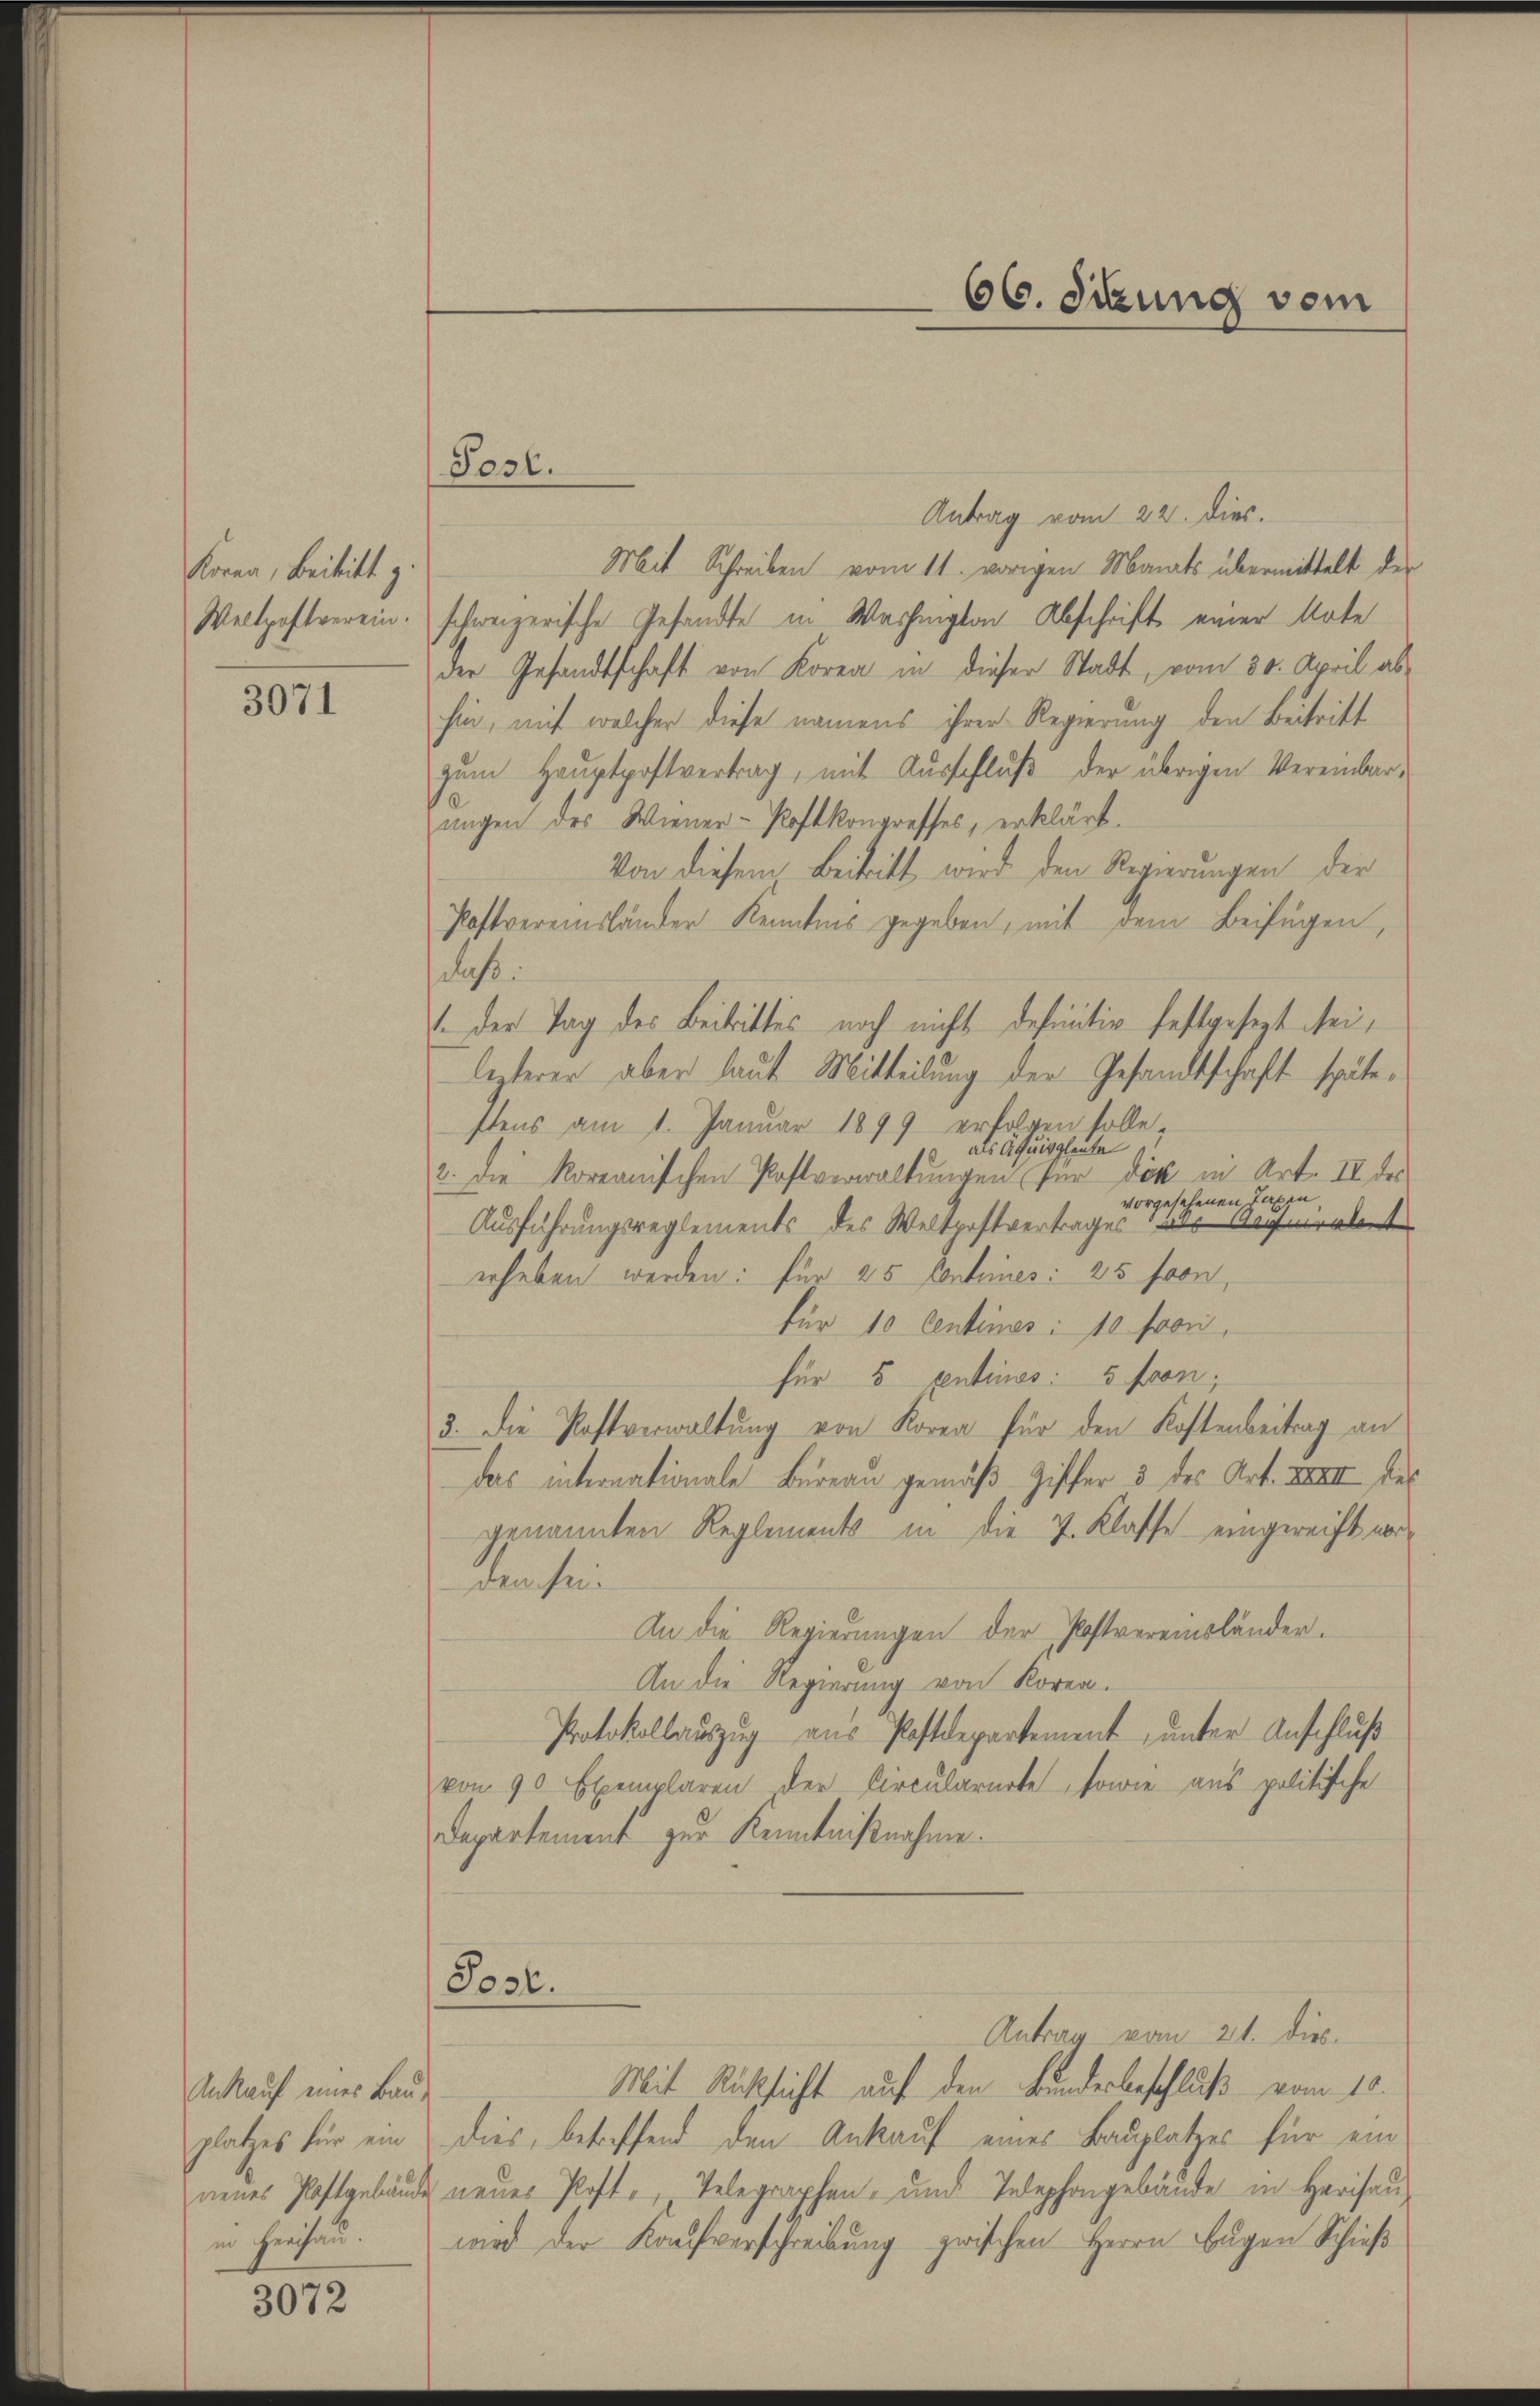
Korna, Beitritt z.

3071

Ankauf eines Bau-
in Herchau.

3072

Antrag vom 22. Dies.
Mit Schreiben vom 11. vorigen Monats übermittelt der
Weltpostverein. schweizerische Gesandte in Washington Abschrift einer Note
der Gesandtschaft von Koren in dieser Stadt, vom 30. April abhin, mit welcher diese namens ihrer Regierung den Beitritt
zŭm Haŭptpostvertrag, mit Aŭsschlŭβ der übrigen Vereinbar-
ungen des Wiener-Postkongresses, erklärt.
Von diesem Beitritt wird den Regierungen der
Postvereinsländer Kenntnis gegeben, mit dem Beifügen,
daß:
1 der Tag des Beitrittes noch nicht definitiv festgesezt seilezterer aber laut Mitteilung der Gesandtschaft spätestens am 1. Januar 1899 erfolgen solle,
als Äquivgleute
2. die Koreanischen Postverwaltungen für die in Art. II. der
vorgesehenen Taxen,
Ausführungsreglements des Weltrostvertrages in nehmerlet
erheben werden: für 25 Centrines: 25 fron,
für 10 Centinos : 10 Fron
für 5 centimes. 5 fron,
3. Die Postverwaltung von Koren für den Kostenbeitrag an
das internationale Büreau gemäß Ziffer 5 des Art. XIII des
genannten Reglements in die 2. Klasse eingereicht vordem sein
An die Regierungen der Postvereinsländer.
An die Regierung von Koren.
Protokollauszug aus Postdepartement, ŭnter Anschluß
von 90 Exemplaren der Circularirte, sowie aus politische
Departement zur Kenntnißnahme.

Mit Rücksicht auf den Bundesbeschluß vom 10.
platzes für ein dies, betreffend den Ankauf eines Bauplatzes für ein
neues Postgebäude neues Post. Telegraphen- und Telephongebäude in Herisau-
wird der Kaufverschreibung zwischen Herrn Eugen Schieß

Post.

Post.

66. digung vom

Antrag vom 21. dies